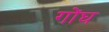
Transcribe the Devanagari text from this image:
गोंघ